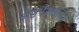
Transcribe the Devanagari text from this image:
अष्टभैरवस्थित